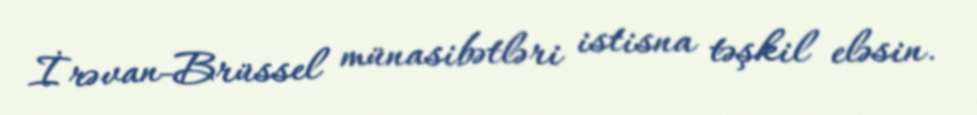
İrəvan-Brüssel münasibətləri istisna təşkil eləsin.